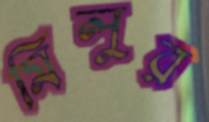
মিলুর